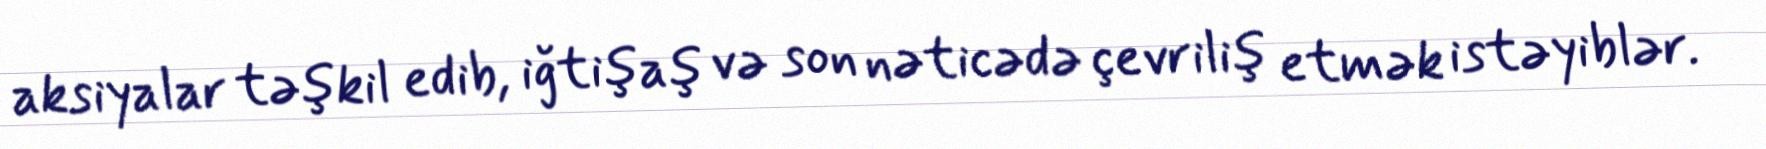
aksiyalar təşkil edib, iğtişaş və son nəticədə çevriliş etmək istəyiblər.